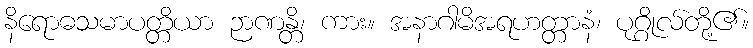
နိရောဓသမာပတ္တိယာ ဉာဏန္တိ၊ ကား။ အနာဂါမိအရဟတ္တာနံ၊ ပုဂ္ဂိုလ်တို့၏။